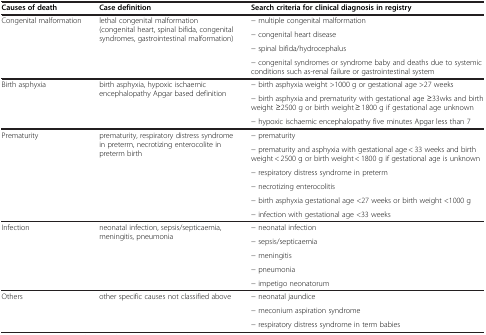
| Causes of death | Case definition | Search criteria for clinical diagnosis in registry |
 | --- | --- | --- |
 | <ROWSPAN=4> Congenital malformation | <ROWSPAN=4> lethal congenital malformation (congenital heart, spinal bifida, congenital syndromes, gastrointestinal malformation) | − multiple congenital malformation |
 | − congenital heart disease |
 | − spinal bifida/hydrocephalus |
 | − congenital syndromes or syndrome baby and deaths due to systemic conditions such as-renal failure or gastrointestinal system |
 | <ROWSPAN=3> Birth asphyxia | <ROWSPAN=3> birth asphyxia, hypoxic ischaemic encephalopathy Apgar based definition | − birth asphyxia weight >1000 g or gestational age >27 weeks |
 | − birth asphyxia and prematurity with gestational age ≥33wks and birth weight ≥2500 g or birth weight ≥ 1800 g if gestational age unknown |
 | − hypoxic ischaemic encephalopathy five minutes Apgar less than 7 |
 | <ROWSPAN=6> Prematurity | <ROWSPAN=6> prematurity, respiratory distress syndrome in preterm, necrotizing enterocolite in preterm birth | − prematurity |
 | − prematurity and asphyxia with gestational age < 33 weeks and birth weight < 2500 g or birth weight < 1800 g if gestational age is unknown |
 | − respiratory distress syndrome in preterm |
 | − necrotizing enterocolitis |
 | − birth asphyxia gestational age <27 weeks or birth weight <1000 g |
 | − infection with gestational age <33 weeks |
 | <ROWSPAN=5> Infection | <ROWSPAN=5> neonatal infection, sepsis/septicaemia, meningitis, pneumonia | − neonatal infection |
 | − sepsis/septicaemia |
 | − meningitis |
 | − pneumonia |
 | − impetigo neonatorum |
 | <ROWSPAN=3> Others | <ROWSPAN=3> other specific causes not classified above | − neonatal jaundice |
 | − meconium aspiration syndrome |
 | − respiratory distress syndrome in term babies |